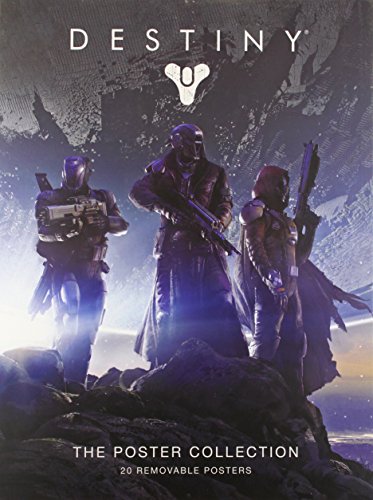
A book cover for Destiny: The Poster Collection; Humor & Entertainment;